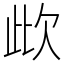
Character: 㰣